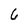
Character: 6